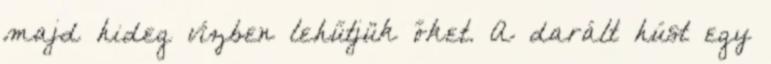
majd hideg vízben lehűtjük őket. A darált húst egy